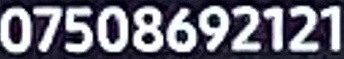
07508692121